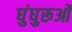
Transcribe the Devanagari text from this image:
घुंघुरूओं